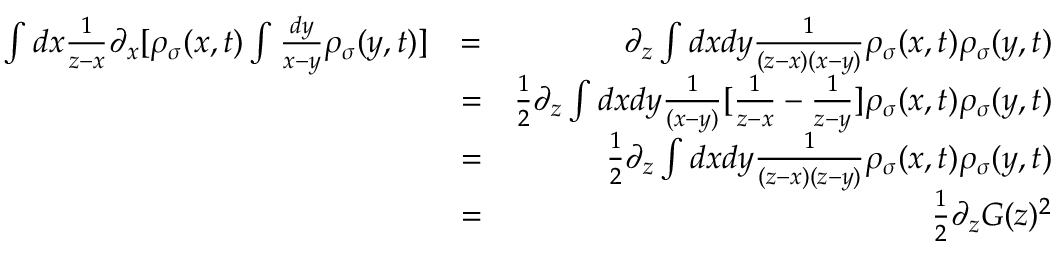
\begin{array} { r l r } { \int d x \frac { 1 } { z - x } \partial _ { x } [ \rho _ { \sigma } ( x , t ) \int \frac { d y } { x - y } \rho _ { \sigma } ( y , t ) ] } & { = } & { \partial _ { z } \int d x d y \frac { 1 } { ( z - x ) ( x - y ) } \rho _ { \sigma } ( x , t ) \rho _ { \sigma } ( y , t ) } \\ & { = } & { \frac { 1 } { 2 } \partial _ { z } \int d x d y \frac { 1 } { ( x - y ) } [ \frac { 1 } { z - x } - \frac { 1 } { z - y } ] \rho _ { \sigma } ( x , t ) \rho _ { \sigma } ( y , t ) } \\ & { = } & { \frac { 1 } { 2 } \partial _ { z } \int d x d y \frac { 1 } { ( z - x ) ( z - y ) } \rho _ { \sigma } ( x , t ) \rho _ { \sigma } ( y , t ) } \\ & { = } & { \frac { 1 } { 2 } \partial _ { z } G ( z ) ^ { 2 } } \end{array}